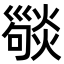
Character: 𢀆